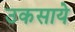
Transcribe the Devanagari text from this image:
उकसाये